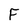
Character: F